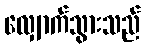
လျှောက်သွားသည်